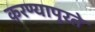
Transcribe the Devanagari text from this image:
करण्यापुरते